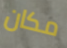
مكان